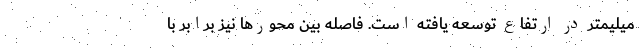
میلیمتر در ارتفاع توسعه یافته است. فاصله بین محورها نیز برابر با